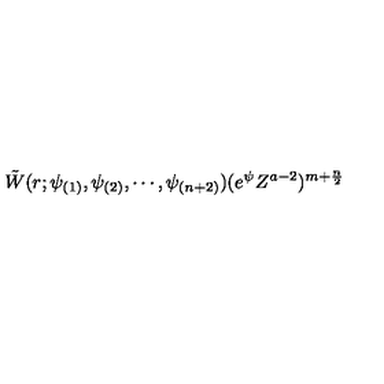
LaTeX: \tilde { W } ( r ; \psi _ { ( 1 ) } , \psi _ { ( 2 ) } , \cdots , \psi _ { ( n + 2 ) } ) ( e ^ { \psi } Z ^ { a - 2 } ) ^ { m + \frac { n } { 2 } }